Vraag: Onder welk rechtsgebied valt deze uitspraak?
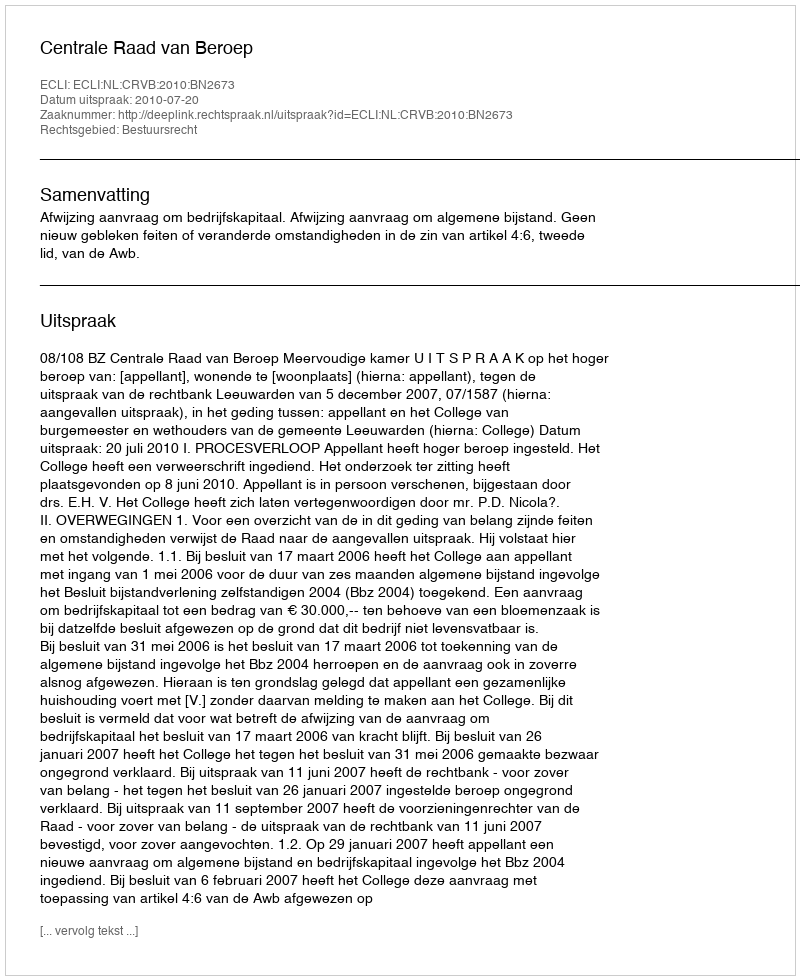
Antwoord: Bestuursrecht